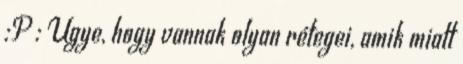
:P : Ugye, hogy vannak olyan rétegei, amik miatt